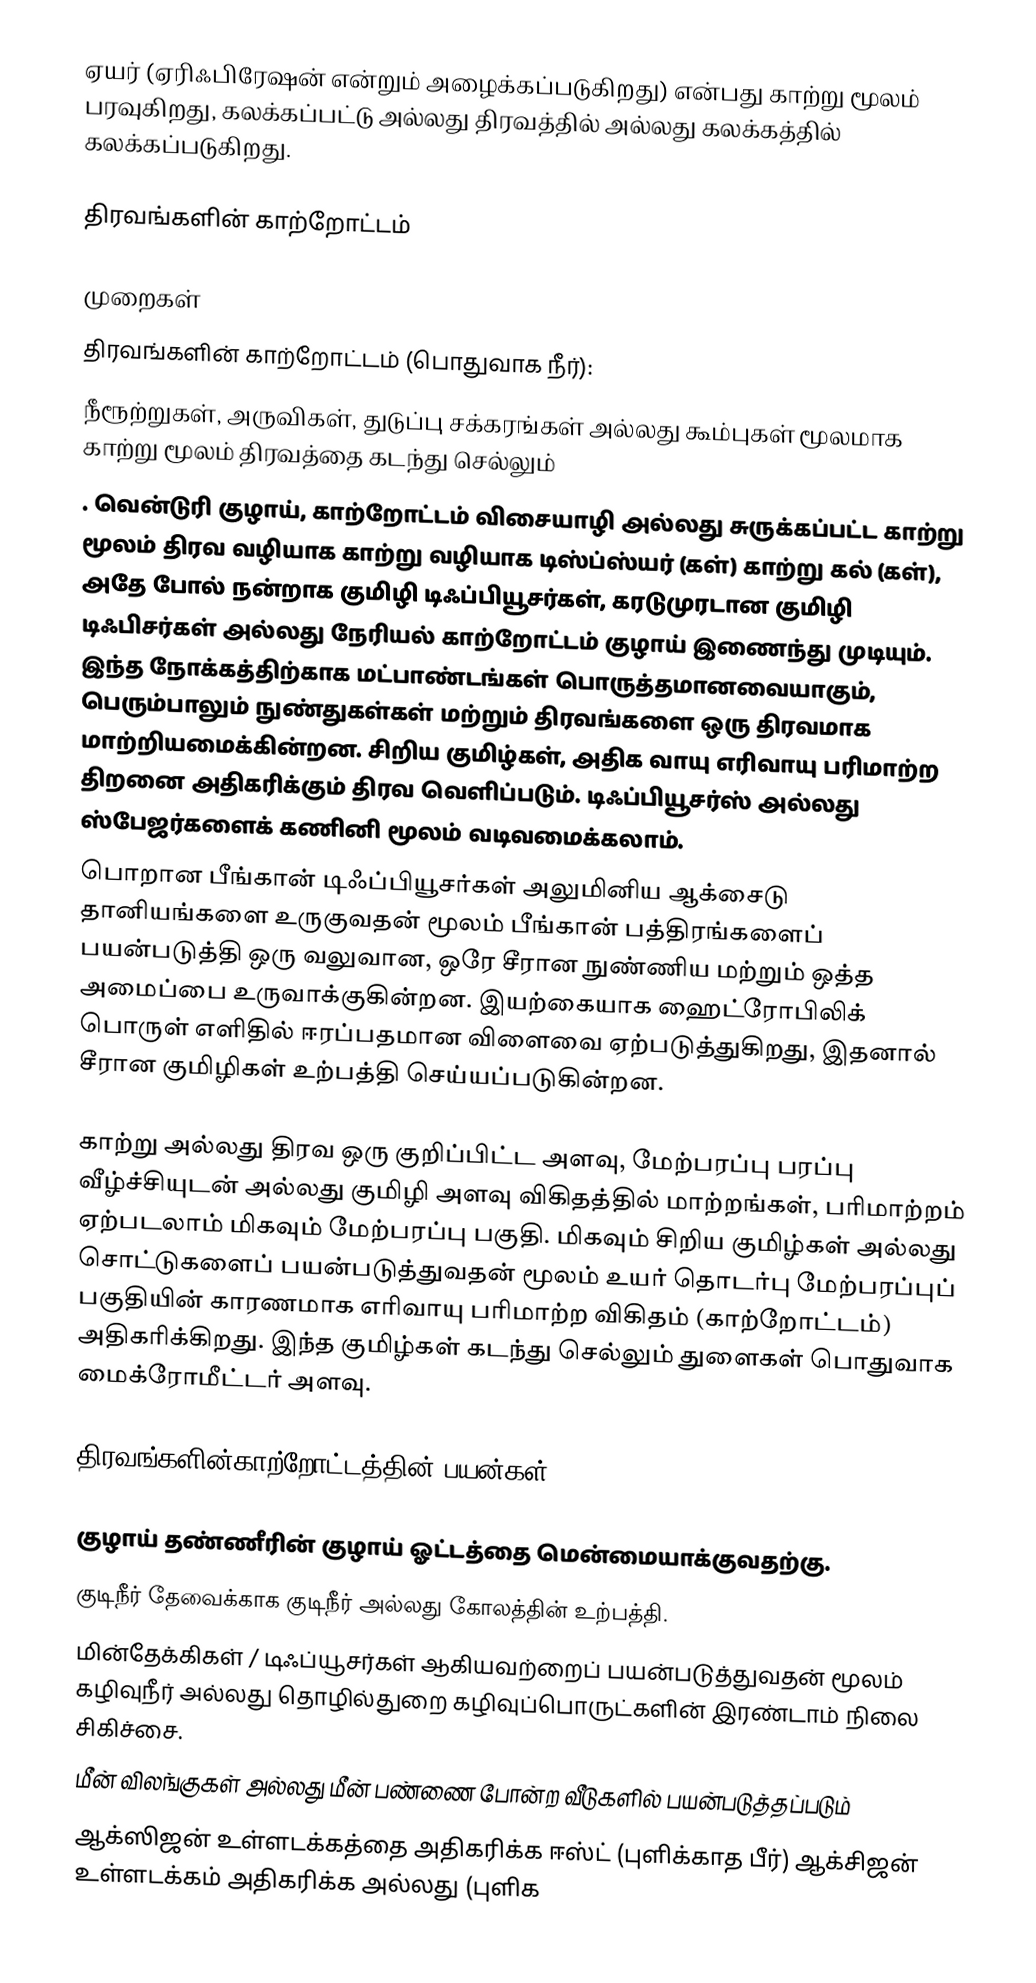
ஏயர் (ஏரிஃபிரேஷன் என்றும் அழைக்கப்படுகிறது) என்பது காற்று மூலம் பரவுகிறது, கலக்கப்பட்டு அல்லது திரவத்தில் அல்லது கலக்கத்தில் கலக்கப்படுகிறது.

திரவங்களின் காற்றோட்டம்

முறைகள்
திரவங்களின் காற்றோட்டம் (பொதுவாக நீர்):
 நீரூற்றுகள், அருவிகள், துடுப்பு சக்கரங்கள் அல்லது கூம்புகள் மூலமாக காற்று மூலம் திரவத்தை கடந்து செல்லும்
 . வென்டுரி குழாய், காற்றோட்டம் விசையாழி அல்லது சுருக்கப்பட்ட காற்று மூலம் திரவ வழியாக காற்று வழியாக டிஸ்ப்ஸ்யர் (கள்) காற்று கல் (கள்), அதே போல் நன்றாக குமிழி டிஃப்பியூசர்கள், கரடுமுரடான குமிழி டிஃபிசர்கள் அல்லது நேரியல் காற்றோட்டம் குழாய் இணைந்து முடியும். இந்த நோக்கத்திற்காக மட்பாண்டங்கள் பொருத்தமானவையாகும், பெரும்பாலும் நுண்துகள்கள் மற்றும் திரவங்களை ஒரு திரவமாக மாற்றியமைக்கின்றன. சிறிய குமிழ்கள், அதிக வாயு எரிவாயு பரிமாற்ற திறனை அதிகரிக்கும் திரவ வெளிப்படும். டிஃப்பியூசர்ஸ் அல்லது ஸ்பேஜர்களைக் கணினி மூலம் வடிவமைக்கலாம்.
பொறான பீங்கான் டிஃப்பியூசர்கள் அலுமினிய ஆக்சைடு தானியங்களை உருகுவதன் மூலம் பீங்கான் பத்திரங்களைப் பயன்படுத்தி ஒரு வலுவான, ஒரே சீரான நுண்ணிய மற்றும் ஒத்த அமைப்பை உருவாக்குகின்றன. இயற்கையாக ஹைட்ரோபிலிக் பொருள் எளிதில் ஈரப்பதமான விளைவை ஏற்படுத்துகிறது, இதனால் சீரான குமிழிகள் உற்பத்தி செய்யப்படுகின்றன.

காற்று அல்லது திரவ ஒரு குறிப்பிட்ட அளவு, மேற்பரப்பு பரப்பு வீழ்ச்சியுடன் அல்லது குமிழி அளவு விகிதத்தில் மாற்றங்கள், பரிமாற்றம் ஏற்படலாம் மிகவும் மேற்பரப்பு பகுதி. மிகவும் சிறிய குமிழ்கள் அல்லது சொட்டுகளைப் பயன்படுத்துவதன் மூலம் உயர் தொடர்பு மேற்பரப்புப் பகுதியின் காரணமாக எரிவாயு பரிமாற்ற விகிதம் (காற்றோட்டம்) அதிகரிக்கிறது. இந்த குமிழ்கள் கடந்து செல்லும் துளைகள் பொதுவாக மைக்ரோமீட்டர் அளவு.

திரவங்களின்காற்றோட்டத்தின் பயன்கள்

 குழாய் தண்ணீரின் குழாய் ஓட்டத்தை மென்மையாக்குவதற்கு.
 குடிநீர் தேவைக்காக குடிநீர் அல்லது கோலத்தின் உற்பத்தி.
 மின்தேக்கிகள் / டிஃப்யூசர்கள் ஆகியவற்றைப் பயன்படுத்துவதன் மூலம் கழிவுநீர் அல்லது தொழில்துறை கழிவுப்பொருட்களின் இரண்டாம் நிலை சிகிச்சை.
 மீன் விலங்குகள் அல்லது மீன் பண்ணை போன்ற வீடுகளில் பயன்படுத்தப்படும்
 ஆக்ஸிஜன் உள்ளடக்கத்தை அதிகரிக்க ஈஸ்ட் (புளிக்காத பீர்) ஆக்சிஜன் உள்ளடக்கம் அதிகரிக்க அல்லது (புளிக